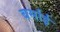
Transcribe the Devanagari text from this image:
बर्साई